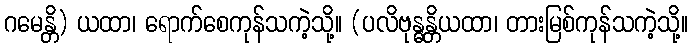
ဂမေန္တိ) ယထာ၊ ရောက်စေကုန်သကဲ့သို့။ (ပလိဗုန္ဓန္တိယထာ၊ တားမြစ်ကုန်သကဲ့သို့။